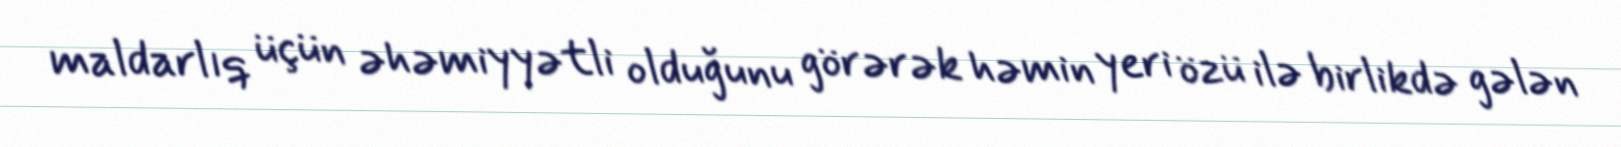
maldarlıq üçün əhəmiyyətli olduğunu görərək həmin yeri özü ilə birlikdə gələn